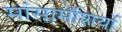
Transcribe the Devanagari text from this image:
मांसामेशियों